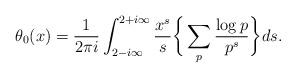
LaTeX: \begin{align*} \theta_0(x) = \frac{1}{2\pi i} \int_{2-i\infty}^{2+i\infty} \frac{x^s}{s} \bigg\{ \sum_p \frac{\log p}{p^s} \bigg\} ds.\end{align*}